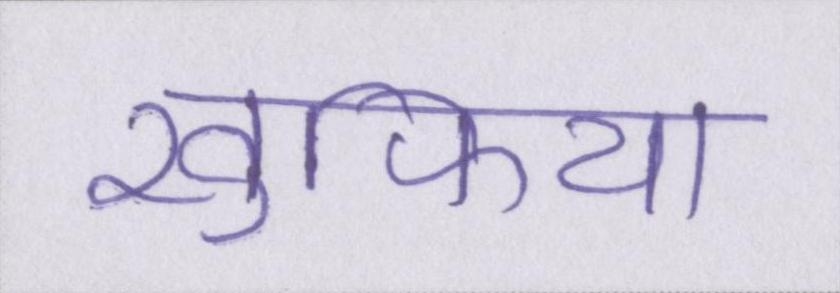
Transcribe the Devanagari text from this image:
खुफिया